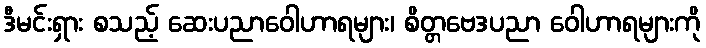
ဒီမင်းရှား စသည့် ဆေးပညာဝေါဟာရများ၊ စိတ္တဗေဒပညာ ဝေါဟာရများကို